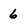
Character: 6